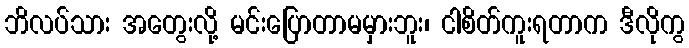
ဘိလပ်သား အတွေးလို့ မင်းပြောတာမမှားဘူး၊ ငါစိတ်ကူးရတာက ဒီလိုကွ